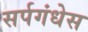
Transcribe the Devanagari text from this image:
सर्पगंधेस